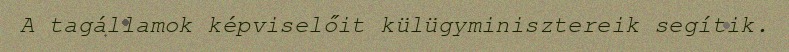
A tagállamok képviselőit külügyminisztereik segítik.